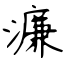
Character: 濂